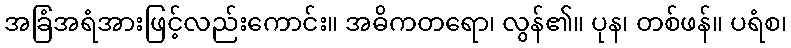
အခြံအရံအားဖြင့်လည်းကောင်း။ အဓိကတရော၊ လွန်၏။ ပုန၊ တစ်ဖန်။ ပရံစ၊